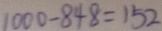
1 0 0 0 - 8 4 8 = 1 5 2